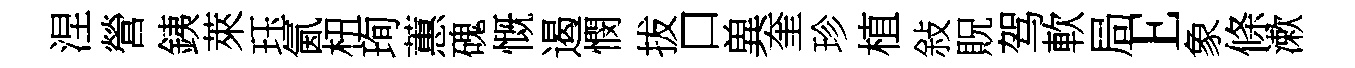
涅營銕萊珏氤杻珣蕙磈慨遏憫拔口兾奎珍植敍貺驾軟局E象條漱